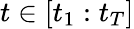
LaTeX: t\in[t_{1}:t_{T}]